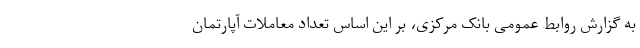
به گزارش روابط عمومی بانک مرکزی، بر این اساس تعداد معاملات آپارتمان